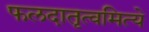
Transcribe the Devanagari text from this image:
फलदातृत्वमित्ये